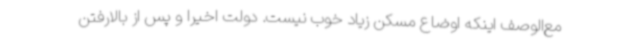
مع‌الوصف اینکه اوضاع مسکن زیاد خوب نیست. دولت اخیراً و پس از بالارفتن